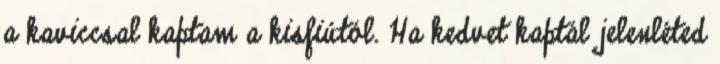
a kaviccsal kaptam a kisfiútól. Ha kedvet kaptál jelenléted